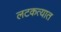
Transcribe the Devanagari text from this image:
लटकत्यात